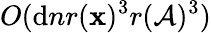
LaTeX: O(\mathrm{d}nr(\mathbf{{x}})^{3}r(\mathcal{{A}})^{3})